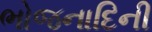
ભોજનાદિની